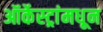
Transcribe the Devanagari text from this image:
ऑर्केस्ट्रांमधून